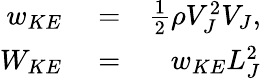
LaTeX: \begin{array}{rlr}{w_{KE}}&{{}=}&{\frac{1}{2}\rho V_{J}^{2}V_{J},}\\ {W_{KE}}&{{}=}&{w_{KE}L_{J}^{2}}\end{array}